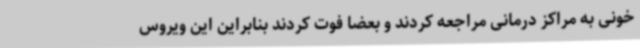
خونی به مراکز درمانی مراجعه کردند و بعضا فوت کردند بنابراین این ویروس